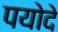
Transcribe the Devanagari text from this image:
पयोदे